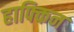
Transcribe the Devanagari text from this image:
हाफ्किन